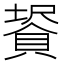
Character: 𧷀